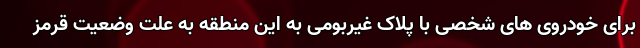
برای خودروی های شخصی با پلاک غیربومی به این منطقه به علت وضعیت قرمز